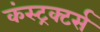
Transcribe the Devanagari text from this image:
कंस्ट्रक्टर्स